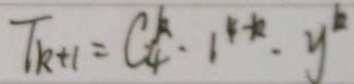
T _ { k + 1 } = C _ { 4 } ^ { k } \cdot 1 ^ { 4 - k } \cdot y ^ { k }